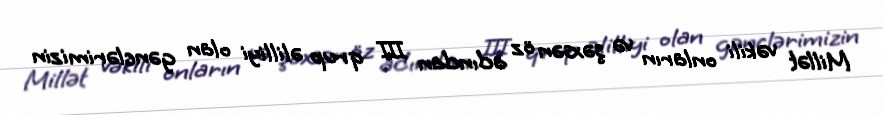
Millət vəkili onların və şəxsən öz adından III qrup əlilliyi olan gənclərimizin